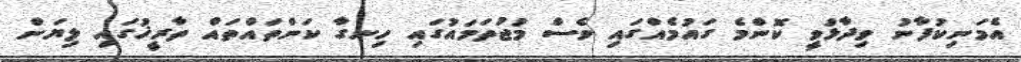
އެމަނިކުފާނު ވިދާޅުވީ ކޮންމެ ގައުމެއްގައި ވެސް މުޖުތަމައުގައި ހިނގާ ކަންތައްތައް ތާރީޚުގައި ލިޔަން